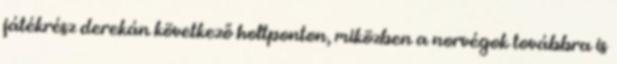
játékrész derekán következő holtponton, miközben a norvégok továbbra is